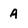
Character: 4